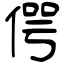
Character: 偔